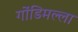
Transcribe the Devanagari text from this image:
गोंडिमल्ला